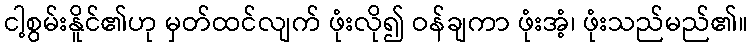
ငါ့စွမ်းနိူင်၏ဟု မှတ်ထင်လျက် ဖုံးလို၍ ဝန်ချကာ ဖုံးအံ့၊ ဖုံးသည်မည်၏။